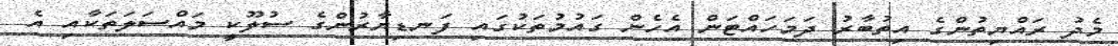
މެދު ރައްޔިތުންގެ އިތުބާރު ދަމަހައްޓަން އެހެން ގައުމުތަކުގައި ފަނޑިޔާރުންގެ ސުލޫކީ މައްސަލަތަކާއި އެ